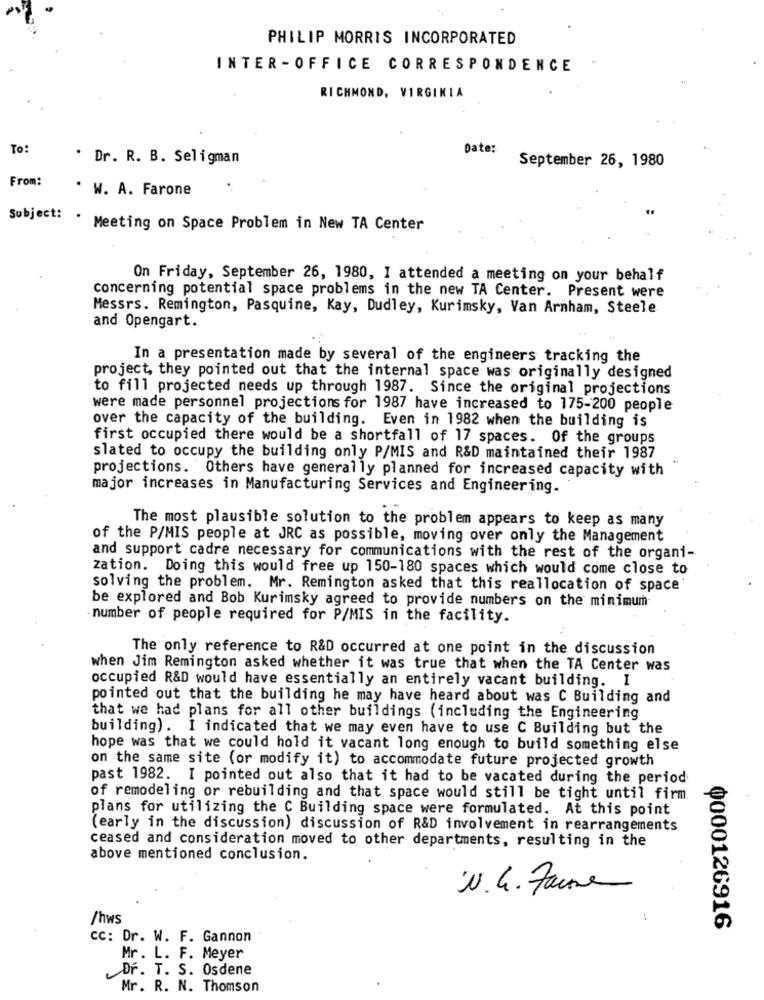
PHILIP MORRIS INCORPORATED
INTER -OFFICE CORRESPONDENCE
RICHMOND, VIRGINIA
To:
Date:
. Dr. R. B. Seligman
September 26, 1980
From:
W. A. Farone
Subject:
.
Meeting on Space Problem in New TA Center
On Friday, September 26, 1980, I attended a meeting on your behalf
concerning potential space problems in the new TA Center. Present were
Messrs. Remington, Pasquine, Kay, Dudley, Kurimsky, Van Arnham, Steele
and Opengart.
In a presentation made by several of the engineers tracking the
project, they pointed out that the internal space was originally designed
to fill projected needs up through 1987. Since the original projections
were made personnel projections for 1987 have increased to 175-200 people
over the capacity of the building. Even in 1982 when the building is
first occupied there would be a shortfall of 17 spaces. Of the groups
slated to occupy the building only P/MIS and R&D maintained their 1987
projections. Others have generally planned for increased capacity with
major increases in Manufacturing Services and Engineering.
The most plausible solution to the problem appears to keep as many
of the P/MIS people at JRC as possible, moving over only the Management
and support cadre necessary for communications with the rest of the organi-
zation. Doing this would free up 150-180 spaces which would come close to
solving the problem. Mr. Remington asked that this reallocation of space
be explored and Bob Kurimsky agreed to provide numbers on the minimum
number of people required for P/MIS in the facility.
The only reference to R&D occurred at one point in the discussion
when Jim Remington asked whether it was true that when the TA Center was
occupied R&D would have essentially an entirely vacant building. I
pointed out that the building he may have heard about was C Building and
that we had plans for all other buildings (including the Engineering
building). I indicated that we may even have to use C Building but the
hope was that we could hold it vacant long enough to build something else
on the same site (or modify it) to accommodate future projected growth
past 1982. I pointed out also that it had to be vacated during the period
of remodeling or rebuilding and that space would still be tight until firm.
plans for utilizing the C Building space were formulated. At this point
(early in the discussion) discussion of R&D involvement in rearrangements
ceased and consideration moved to other departments, resulting in the
above mentioned conclusion.
·V. G. Faire
/hws
Ф000126916
CC: Dr. W. F. Gannon
Mr. L. F. Meyer
Dr. T. S. Osdene
Mr. R. N. Thomson